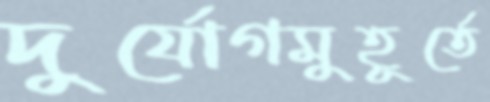
দুর্যোগমুহূর্তে